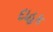
દાહક